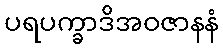
ပရပက္ခာဒိအဝဇာနနံ